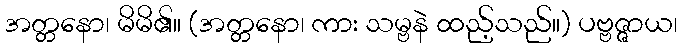
အတ္တနော၊ မိမိ၏။ (အတ္တနော၊ ကား သမ္ဗနဲ ထည့်သည်။) ပဗ္ဗဇ္ဇာယ၊